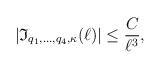
LaTeX: \begin{align*}|\mathfrak{I}_{q_1,\ldots, q_4, \kappa}(\ell)|\leq \frac{C}{\ell^ {3}},\end{align*}